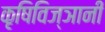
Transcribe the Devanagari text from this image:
कृषिविज्ञानी